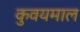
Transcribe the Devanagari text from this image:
कुवयमाल